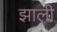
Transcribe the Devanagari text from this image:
झाली़